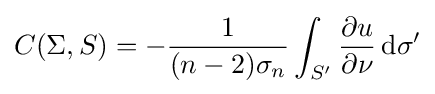
C(\Sigma ,S)=-{\frac {1}{(n-2)\sigma _{n}}}\int _{S'}{\frac {\partial u}{\partial \nu }}\,\mathrm {d} \sigma '